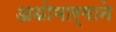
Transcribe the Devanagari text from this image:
अधोमार्गाने